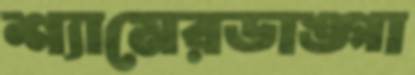
শ্যামেরডাঙ্গা